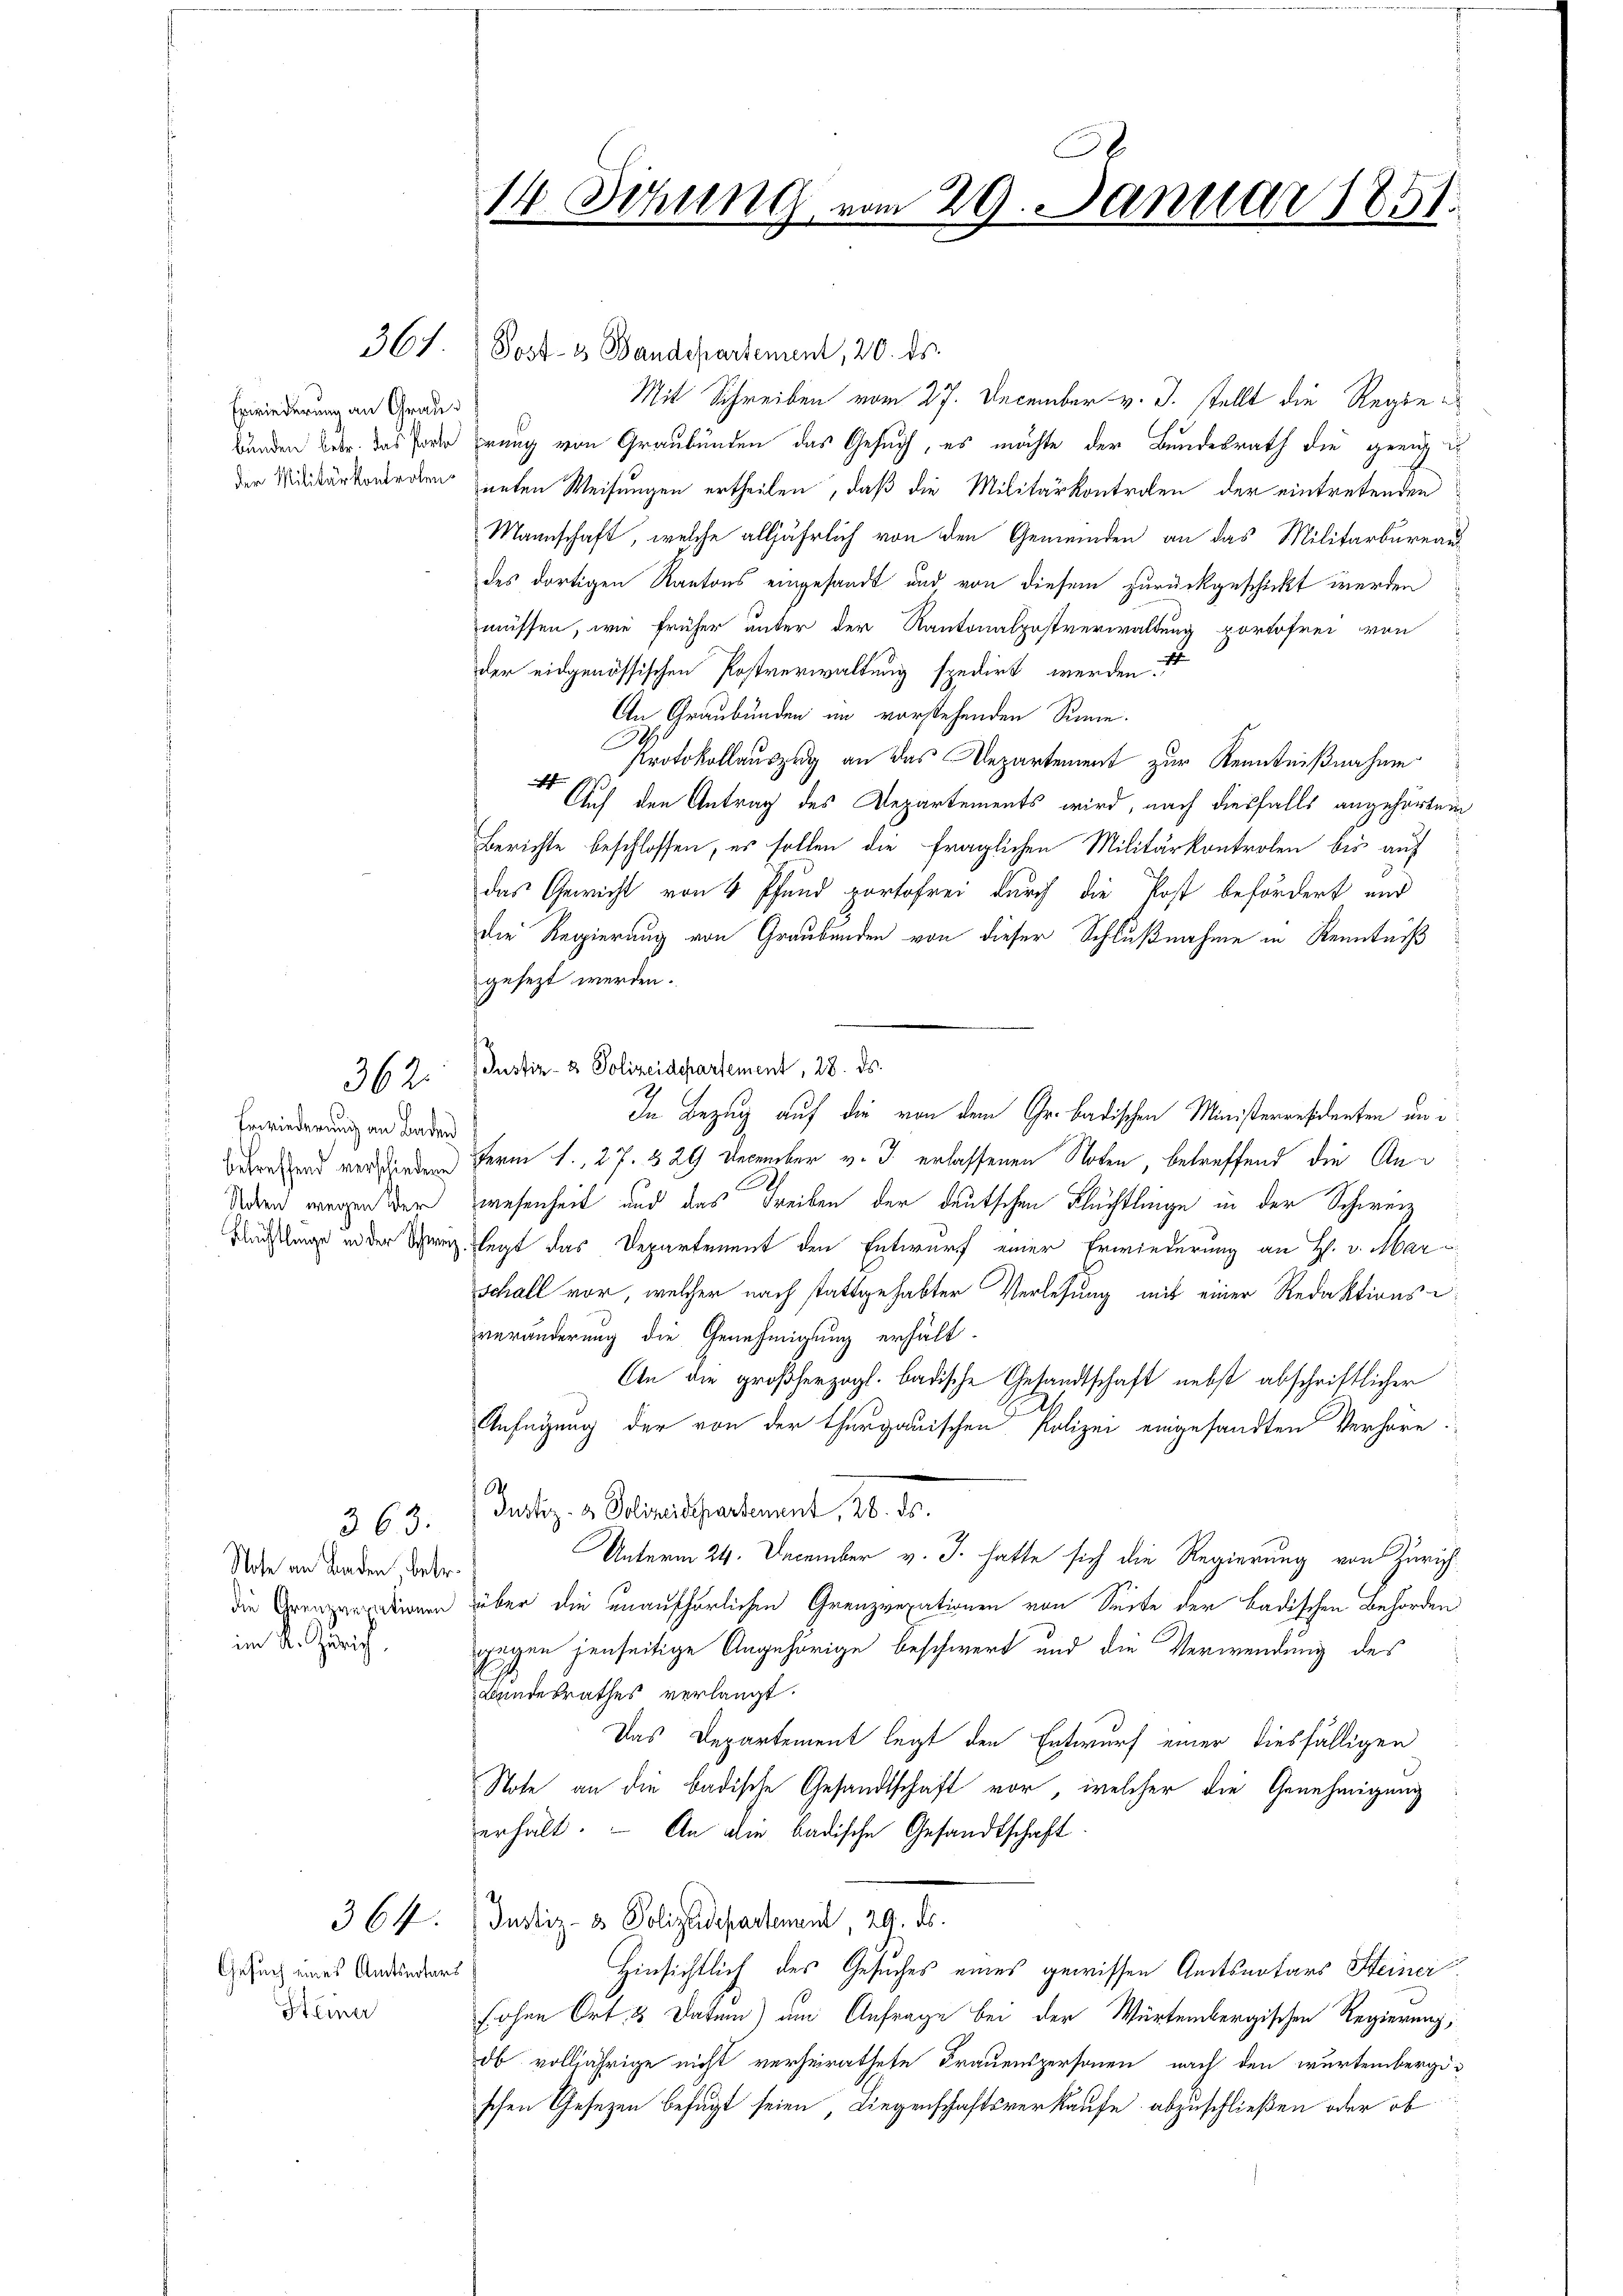
Erwiederung an Grau

Erwiederung an Baden
Noten wegen Ver

362.

363.
Sose an Baden, betr.
im Kt. Zürich

361. Post- & Baudepartement, 20. ds.
Mit Schreiben vom 27. December v. J. stellt die Regie¬
Bunden betr. das Pare prung von Graubünden das Gesuch, es möchte der Bundesrath die geeign
der Militärkonerden unten Weisungen ertheilen, daß die Militärkontrolen der eintretenden
Mannschaft, welche alljährlich von den Gemeinden an das Militarbureau
des dortigen Kantons eingesandt und von diesem zurückgeschickt werden
müssen, wie früher unter der Kantonalpostverwaltung portofrei von
der eidgenössischen Postverwaltung spedirt werden. 1
An Graubünden im vorstehenden Sinne.
M
Protokollauszug an das Departement zur Kenntnißnahme
 Auch den Antrag des Departements wird, nach diesfalls angehörten
Berichte beschlossen, es sollen die fraglichen Militärkontrolen bis auf
das Gewicht von 4 Pfund portofrei durch die Post befördert und
die Regierung von Graubünden von dieser Schlußnahme in Kenntniß
gesezt werden.
(Justiz- & Polizeidepartement, 28. ds.
Ich
In Bezug auf die von dem Gr. badischen Ministerresidenten uni
Aeberstand versenden Herm 1. 27. 529 December v. J. erlassenen Noten, betreffend die Anwesenheit und das Treiben der deutschen Flüchtlinge in der Schweiz
Auslage in der Schweiz legt das Departement den Entwurf einer Erwiederung an H. v. Marschall vor, welcher nach stattgehabter Verlesung mit einer Redaktions-
veränderung die Genehmigung erhält-
An die großherzogl. badische Gesandtschaft nebst abschriftlicher
.
Anfügung der von der thurgauischen Polizei eingesandten Verhöre.
S
Justiz- & Polizeidepartement, 28. ds.
Unterm 24. December v. J. hatte sich die Regierung von Zürich
die Grenzerdienen über die unaufhörlichen Grenzvexationen von Seite der Badischen Behörden
gegen jenseitige Angehörige beschwert und die Verwendung des
Bundesrathes verlangt.
Das Departement legt den Entwurf einer diesfälligen
Note an die badische Gesandtschaft vor, welcher die Genehmigung
erhält. An die badische Gesandtschaft.
364. Justiz- & Polizeidepartement, 24. ds.
Hinsichtlich des Gesuches eines gewissen Amtsnotars Steiner
sohne Ort & Datum) am Anfrage bei der Würtembergischen Regierung,
ob volljährige nicht verheirathete Frauenspersonen nach den würtembergischen Gesetzen befugt seien, Liegenschaftsverkaufe abzuschließen oder ob

Gesuch eines Amtsnotars
Steiner

14. Sitzung

C
vom 29. Januar 1851.